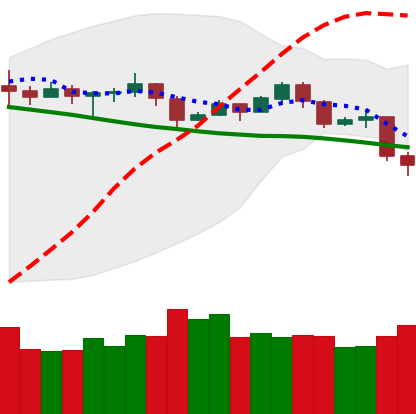
Ticker: TRX-USD
Chart end date: 2019-11-19
Forward return: -18.385%
Label: down_7plus